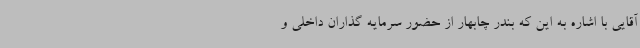
آقایی با اشاره به این که بندر چابهار از حضور سرمایه گذاران داخلی و